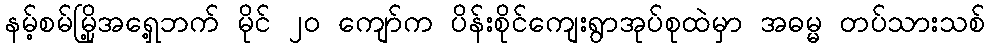
နမ့်စမ်မြို့အရှေ့ဘက် မိုင် ၂၀ ကျော်က ပိန်းစိုင်ကျေးရွာအုပ်စုထဲမှာ အဓမ္မ တပ်သားသစ်